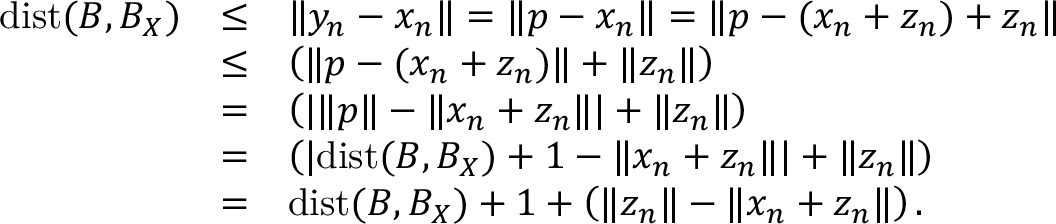
\begin{array} { l l l } { \mathrm { d i s t } ( B , B _ { X } ) } & { \leq } & { \displaystyle \| y _ { n } - x _ { n } \| = \| p - x _ { n } \| = \| p - ( x _ { n } + z _ { n } ) + z _ { n } \| } \\ & { \leq } & { \displaystyle \left( \| p - ( x _ { n } + z _ { n } ) \| + \| z _ { n } \| \right) } \\ & { = } & { \displaystyle \left( | \| p \| - \| x _ { n } + z _ { n } \| | + \| z _ { n } \| \right) } \\ & { = } & { \displaystyle \left( | \mathrm { d i s t } ( B , B _ { X } ) + 1 - \| x _ { n } + z _ { n } \| | + \| z _ { n } \| \right) } \\ & { = } & { \mathrm { d i s t } ( B , B _ { X } ) + 1 + \displaystyle \left( \| z _ { n } \| - \| x _ { n } + z _ { n } \| \right) . } \end{array}